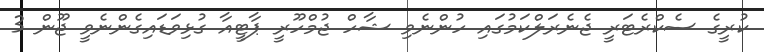
ކުރީގެ ސެކްރެޓަރީ ޖެނެރަލްކަމުގައި ހުންނެވި ޝާހް ޖުމްހޫރީ ޕާޓީއާ ގުޅިވަޑައިގެންނެވީ ޖޫން 3